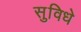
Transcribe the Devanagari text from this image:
सुविधे